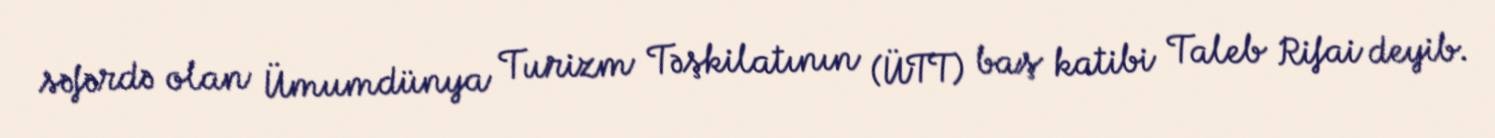
səfərdə olan Ümumdünya Turizm Təşkilatının (ÜTT) baş katibi Taleb Rifai deyib.